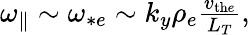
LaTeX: \begin{array}{r}{{\omega_{\parallel}}\sim\omega_{*e}\sim k_{y}\rho_{e}\frac{v_{\mathrm{th}e}}{L_{T}},}\end{array}